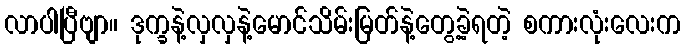
လာပါပြီဗျာ။ ဒုက္ခနဲ့လှလှနဲ့မောင်သိမ်းမြတ်နဲ့တွေ့ခဲ့ရတဲ့ စကားလုံးလေးက